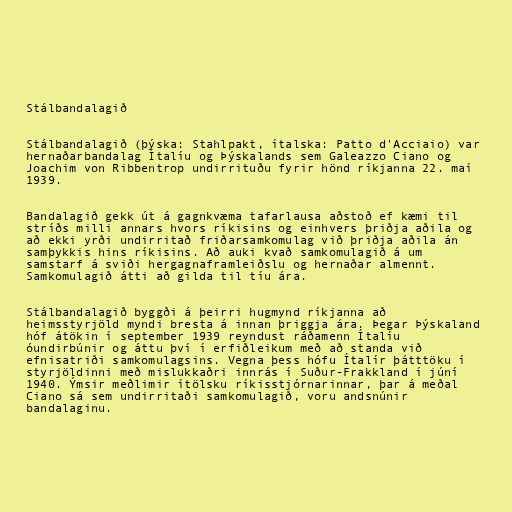
Stálbandalagið

Stálbandalagið (þýska: Stahlpakt, ítalska: Patto d'Acciaio) var
hernaðarbandalag Ítalíu og Þýskalands sem Galeazzo Ciano og
Joachim von Ribbentrop undirrituðu fyrir hönd ríkjanna 22. maí
1939.

Bandalagið gekk út á gagnkvæma tafarlausa aðstoð ef kæmi til
stríðs milli annars hvors ríkisins og einhvers þriðja aðila og
að ekki yrði undirritað friðarsamkomulag við þriðja aðila án
samþykkis hins ríkisins. Að auki kvað samkomulagið á um
samstarf á sviði hergagnaframleiðslu og hernaðar almennt.
Samkomulagið átti að gilda til tíu ára.

Stálbandalagið byggði á þeirri hugmynd ríkjanna að
heimsstyrjöld myndi bresta á innan þriggja ára. Þegar Þýskaland
hóf átökin í september 1939 reyndust ráðamenn Ítalíu
óundirbúnir og áttu því í erfiðleikum með að standa við
efnisatriði samkomulagsins. Vegna þess hófu Ítalír þátttöku í
styrjöldinni með mislukkaðri innrás í Suður-Frakkland í júní
1940. Ýmsir meðlimir ítölsku ríkisstjórnarinnar, þar á meðal
Ciano sá sem undirritaði samkomulagið, voru andsnúnir
bandalaginu.